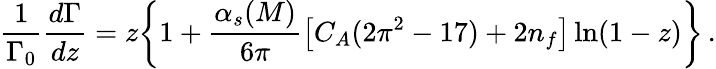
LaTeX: \frac{1}{\Gamma_{0}}\frac{d\Gamma}{dz}=z\bigg\{ 1+\frac{\alpha_{s}(M)}{6\pi}\big[C_{A}(2\pi^{2}-17)+2n_{f}\big]\ln(1-z)\bigg\} \, .